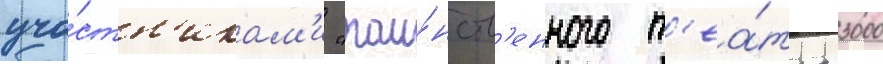
уча́стн'икам'и "таи́нств'енного т'еа́тра 3000